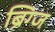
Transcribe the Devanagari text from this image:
ब्रिग्ज